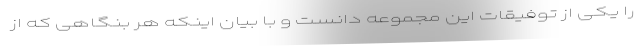
را یکی از توفیقات این مجموعه دانست و با بیان اینکه هر بنگاهی که از